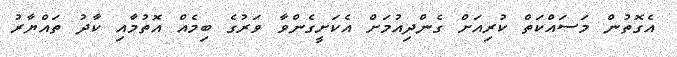
އެގޮތުން މަސައްކަތް ކުރިއަށް ގެންދިއުމަށް އެކަށީގެންވާ ވަރުގެ ބިމެއް އޮތުމާއި ކާދު ތައްޔާރު